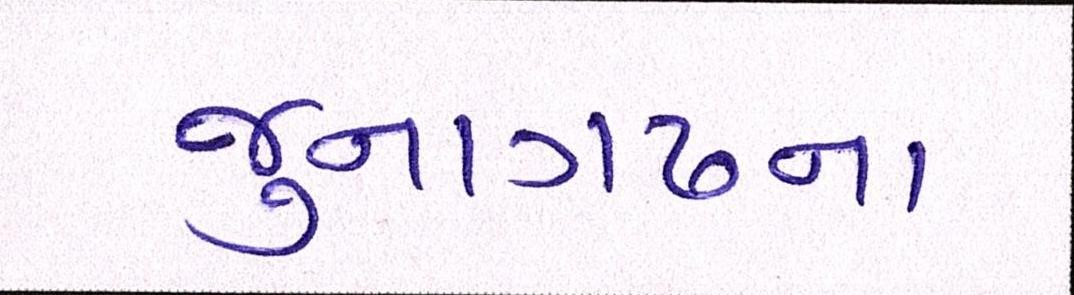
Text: જુનાગઢના